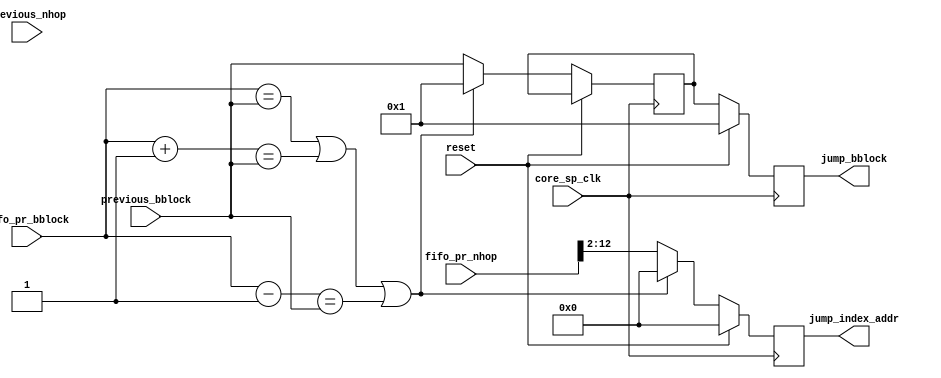
module stage3(
	
	  input			      reset,
        input                       core_sp_clk,
        input [31:0]                previous_bblock,
        input [31:0]                previous_nhop,
        input [31:0]		      fifo_pr_bblock,    // previous block read from the fifo
        input [31:0]                fifo_pr_nhop,
        output [12:2]     	      jump_index_addr,
        output [31:0]               jump_bblock
      
);



reg [12:2]     	      jump_index_addr_reg;
assign jump_index_addr = jump_index_addr_reg;

reg [31:0]     	      jump_bblock_reg;
reg [31:0]     	      jump_bblock_reg_tmp;


assign jump_bblock = jump_bblock_reg;

always @(posedge core_sp_clk)
begin
	if(reset) begin          
		        jump_index_addr_reg <= 0;
                    jump_bblock_reg <= 32'b00000000000000000000000000000001;
		    end else begin
		
                
                if ((fifo_pr_bblock == previous_bblock) || ((fifo_pr_bblock+1'b1) == previous_bblock) || ((fifo_pr_bblock-1'b1) == previous_bblock)) begin
                    
                    jump_index_addr_reg <= 0;
                    jump_bblock_reg_tmp <= 32'b00000000000000000000000000000001;
                          
                          end else begin
                    
                    jump_index_addr_reg <= fifo_pr_nhop[12:2];
                    jump_bblock_reg_tmp <= previous_bblock;
		    
                                   end
		    jump_bblock_reg <= jump_bblock_reg_tmp;
        end        
		
end

endmodule